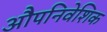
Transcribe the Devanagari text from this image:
औपनिवेशिक